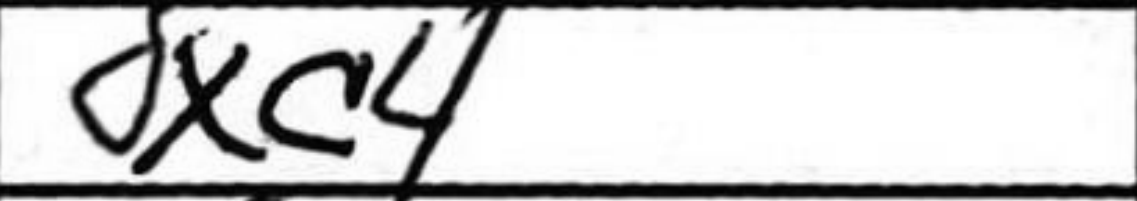
Transcription: dxc4